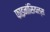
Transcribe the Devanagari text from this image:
फाइनांसियल्स